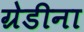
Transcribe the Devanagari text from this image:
ग्रेडीना